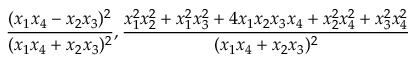
\displaystyle \frac { ( x _ { 1 } x _ { 4 } - x _ { 2 } x _ { 3 } ) ^ { 2 } } { ( x _ { 1 } x _ { 4 } + x _ { 2 } x _ { 3 } ) ^ { 2 } } , \displaystyle \frac { x _ { 1 } ^ { 2 } x _ { 2 } ^ { 2 } + x _ { 1 } ^ { 2 } x _ { 3 } ^ { 2 } + 4 x _ { 1 } x _ { 2 } x _ { 3 } x _ { 4 } + x _ { 2 } ^ { 2 } x _ { 4 } ^ { 2 } + x _ { 3 } ^ { 2 } x _ { 4 } ^ { 2 } } { ( x _ { 1 } x _ { 4 } + x _ { 2 } x _ { 3 } ) ^ { 2 } }